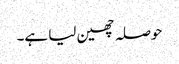
حوصلہ چھین لیا ہے۔